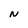
Character: N